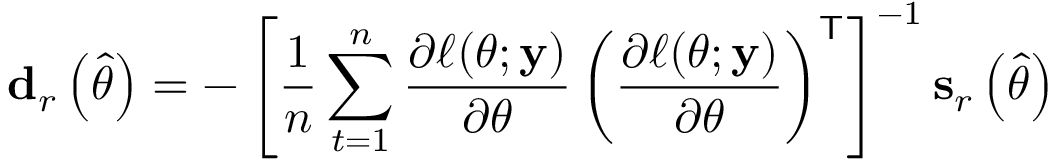
\mathbf { d } _ { r } \left( { \widehat { \theta } } \right) = - \left[ { \frac { 1 } { n } } \sum _ { t = 1 } ^ { n } { \frac { \partial \ell ( \theta ; \mathbf { y } ) } { \partial \theta } } \left( { \frac { \partial \ell ( \theta ; \mathbf { y } ) } { \partial \theta } } \right) ^ { \mathsf { T } } \right] ^ { - 1 } \mathbf { s } _ { r } \left( { \widehat { \theta } } \right)